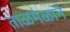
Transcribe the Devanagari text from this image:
ताळमेळाने